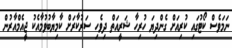
ނަމަވެސް ކޯޓުގައި ކުރިއަށް ގެންދިޔަ ހުރިހާ ޝަރީއަތް ދިވެހި ސަރުކާރަށް ކާމިޔާބުވުމާއެކު ޖީއެމްއާރުން